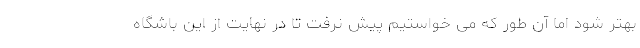
بهتر شود اما آن طور که می خواستیم پیش نرفت تا در نهایت از این باشگاه